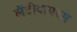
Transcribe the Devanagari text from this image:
लेंटीवायरस